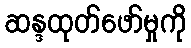
ဆန္ဒထုတ်ဖော်မှုကို